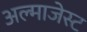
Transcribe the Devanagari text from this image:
अल्माजेस्ट